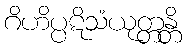
ဂိဟိပ္ပဋိသံယုတ္တန္တိ